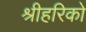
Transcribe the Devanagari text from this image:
श्रीहरिको